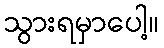
သွားရမှာပေါ့။